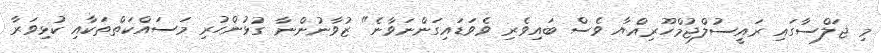
މި ޖަލްސާގައި ރައީސުލްޖުމްހޫރިއްޔާ ވެސް ބައިވެރި ވެވަޑައިގަންނަވާނެ" ޒުވާނުންނާ ގުޅުންހުރި މަސައްކަތްތަކާއި ކުޅިވަރާ